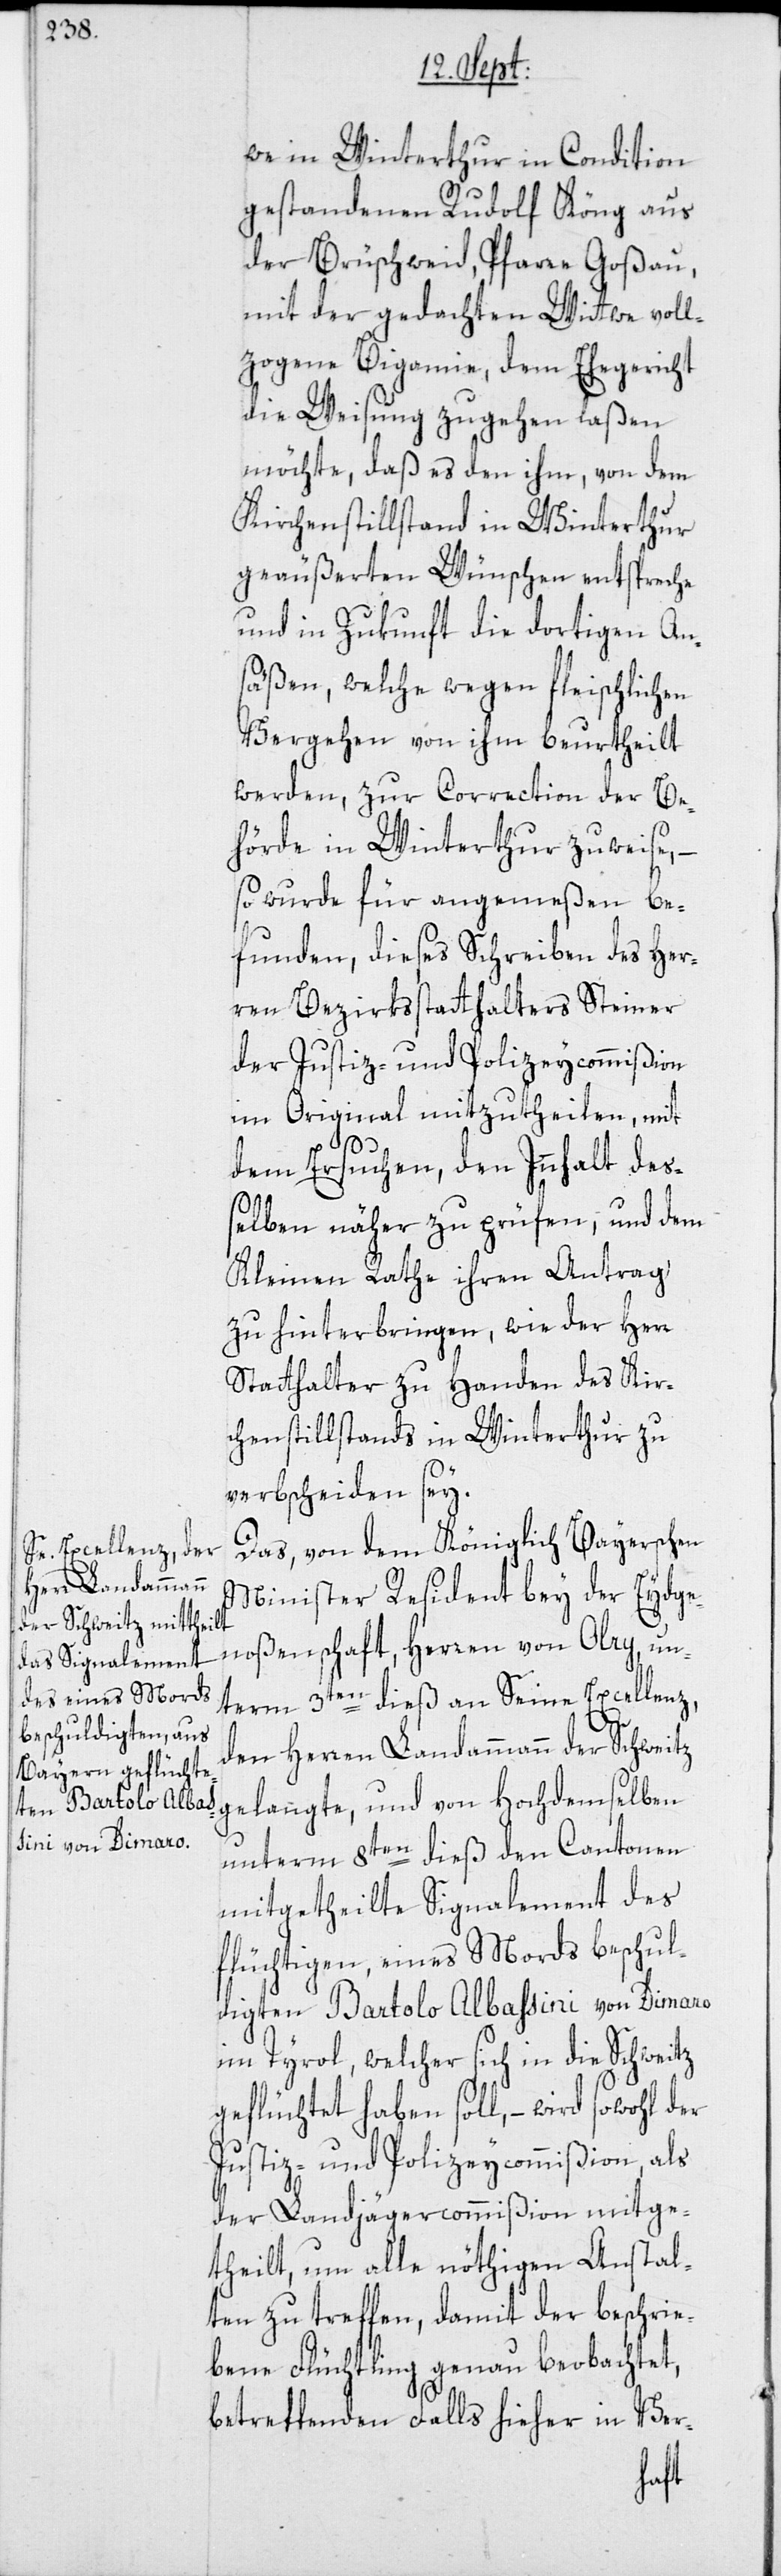
we in Winterthur in Condition
gestandenen Rudolf Köng aus
der Brüschweid, Pfarre Goßau,
mit der gedachten Wittwe voll¬
zogene Bigamie, dem Ehegericht
die Weisung zugehen laßen
möchte, daß es den ihm, von dem
Kirchenstillstand in Winterthur
geäußerten Wünschen entspreche
und in Zukunft die dortigen An¬
säßen, welche wegen fleischlichen
Vergehen von ihm beurtheilt
werden, zur Correction der Be¬
hörde in Winterthur zuweise,
so wurde für angemeßen be¬
funden, dieses Schreiben des Her¬
ren Bezirksstatthalters Steiner
der Justiz- und Polizeycommißion
im Original mitzutheilen, mit
dem Ersuchen, den Innhalt des¬
selben näher zu prüfen, und dem
Kleinen Rathe ihren Antrag
zu hinterbringen, wie der Herr
Statthalter zu Handen des Kir¬
chenstillstands in Winterthur zu
verbscheiden sey.
Das, von dem Königlich Bayerschen
Minister Resident bey der Eydge¬
noßenschaft, Herren von Olry, un¬
term 3ten dieß an Seine Excellenz,
den Herren Landammann der Schweitz
unterm 8ten dieß den Cantonen
mitgetheilte Signalement des
flüchtigen, eines Mords beschul¬
digten Bartolo Albassini von Dimaro
im Tyrol, welcher sich in die Schweitz
geflüchtet haben soll, – wird sowohl der
Justiz- und Polizeycommißion, als
der Landjägercommißion mitge¬
theilt, um alle nöthigen Anstal¬
ten zu treffen, damit der beschrie¬
bene Flüchtling genau beobachtet,
betreffenden Falls hieher in Ver-